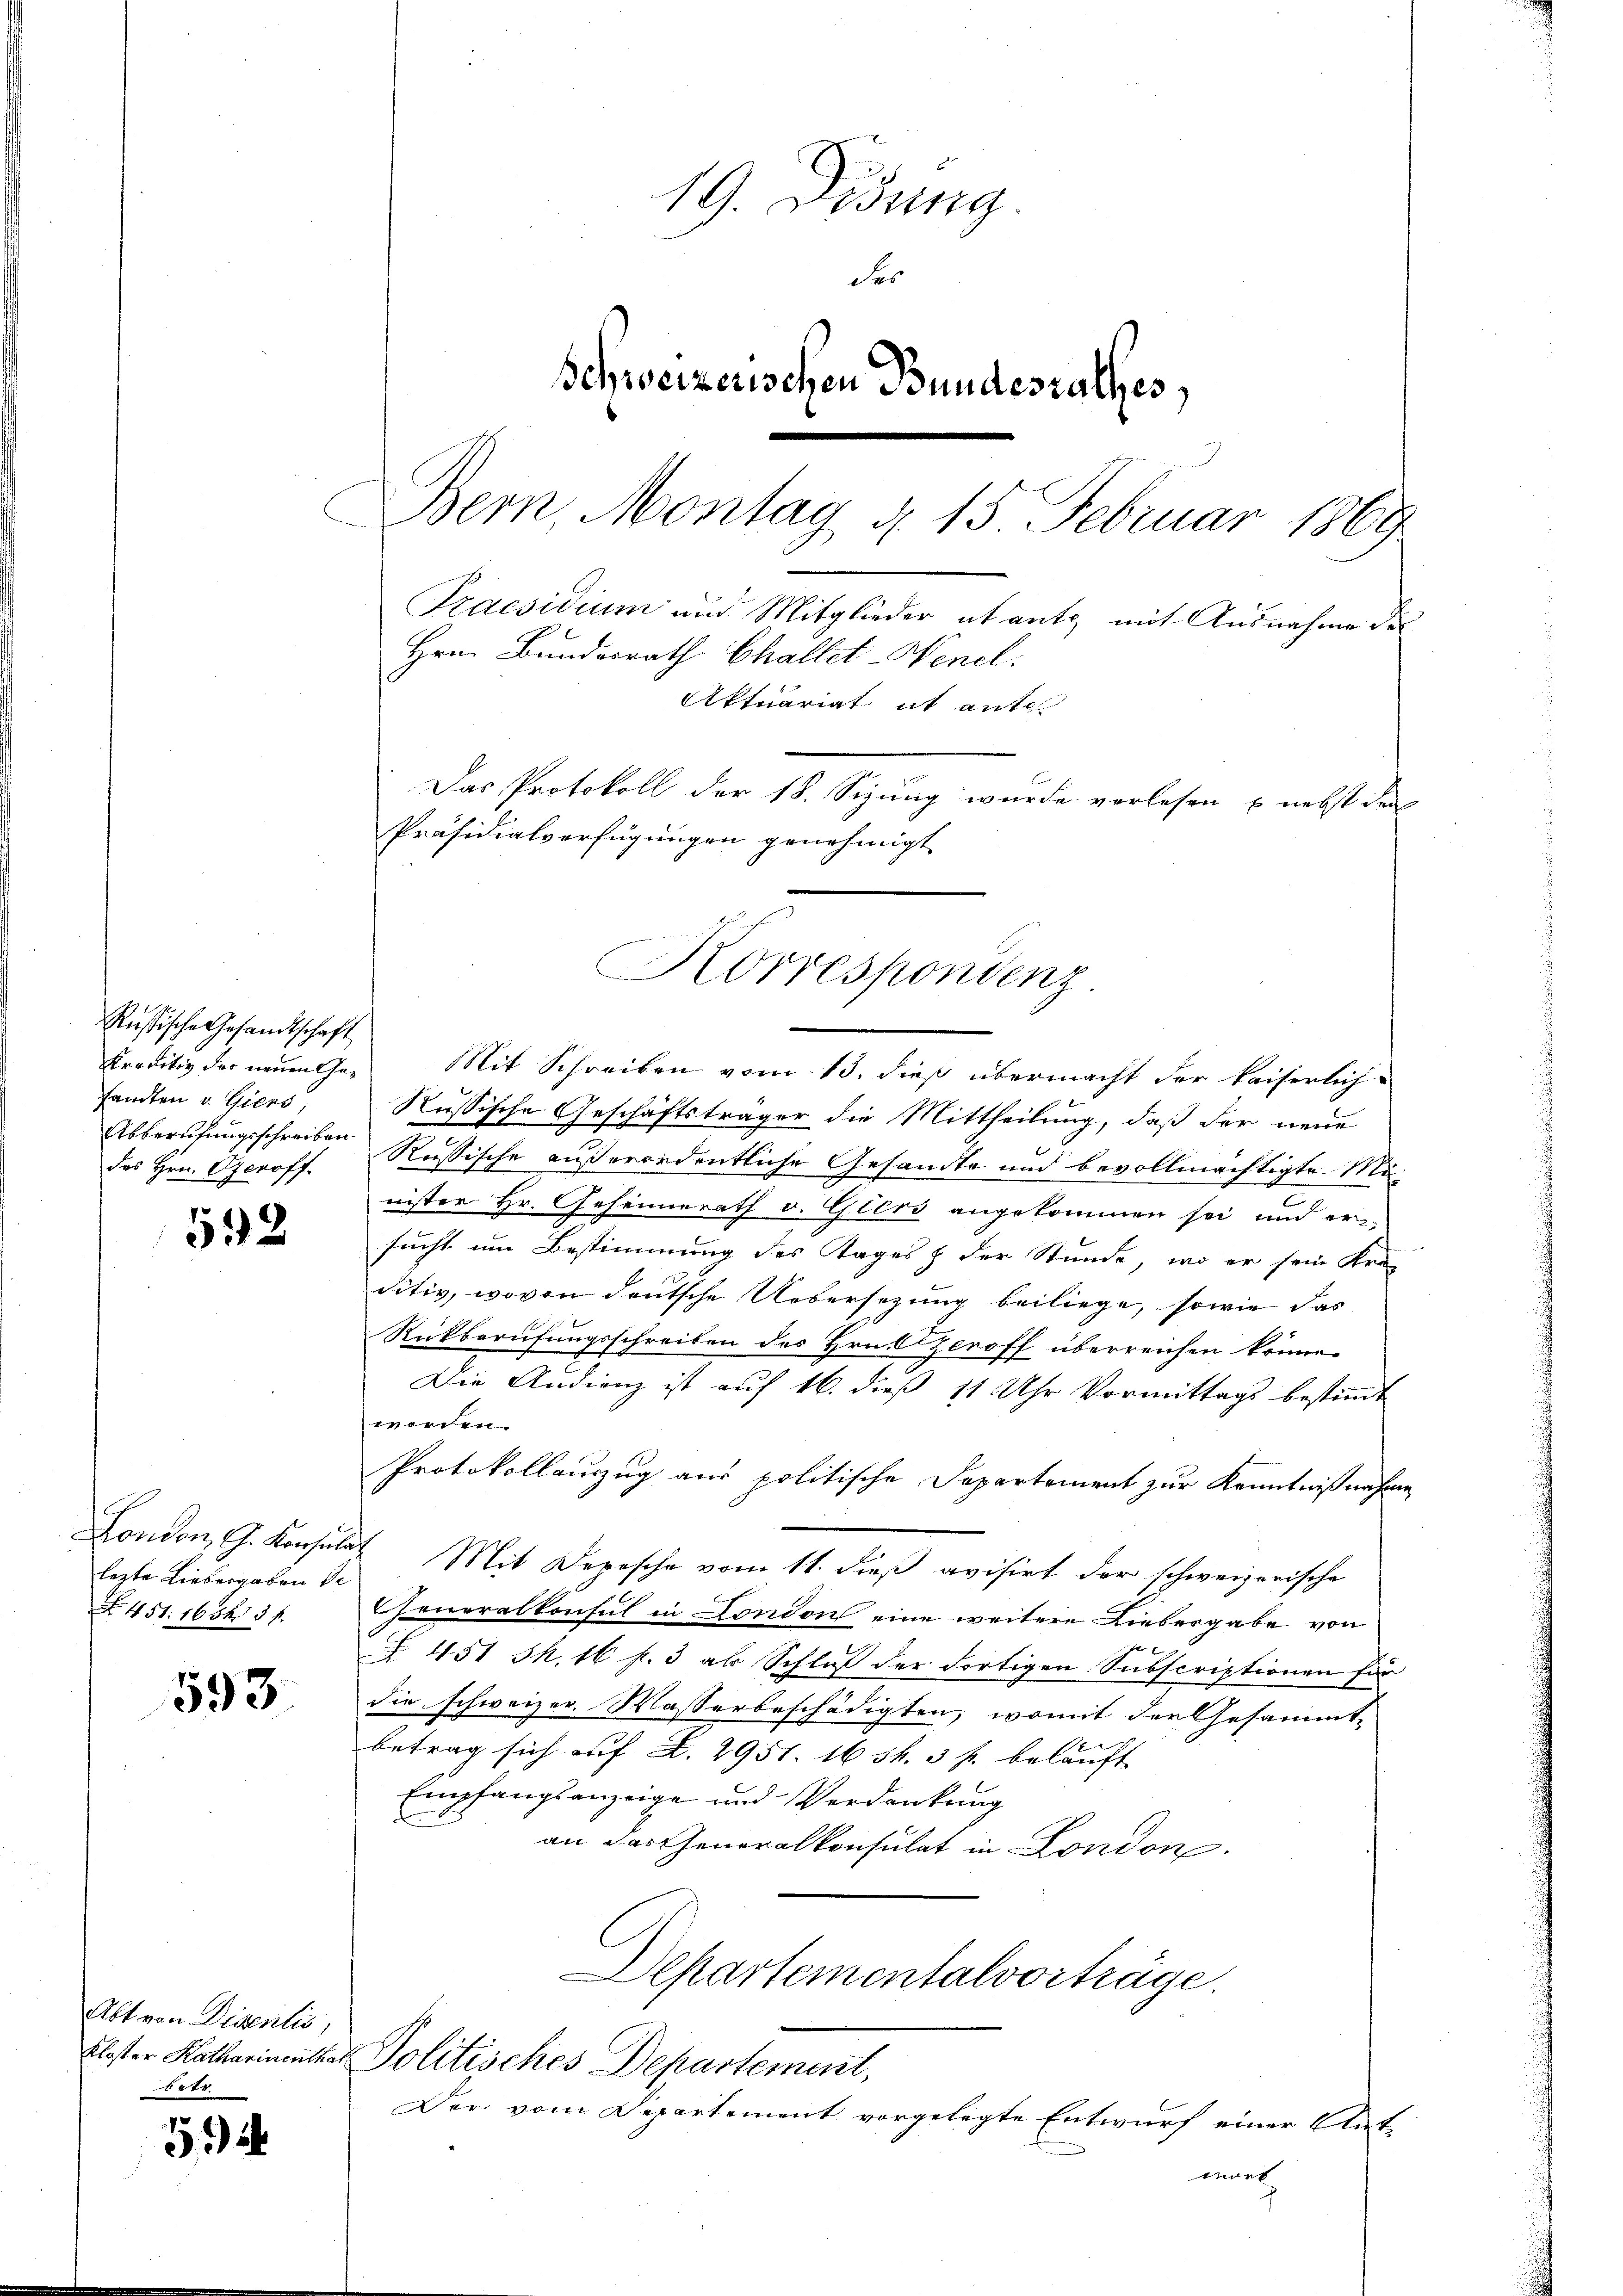
Russische Gesandtschaft
kreditiv des neuen Gesandten v. Giers,
des Hrn. Czeroff

592

lezte Liebergaben de
 451. 16543 f.

593

Abt von Disentis,
Kloster Katharinenthal
betr.

54

19. Didung.
des
Schreizerwetzen Bundesrathes,
Bern, Montag d. 15 Februar 1869
Praesidium und Mitglieder abante mit Ausnahme des
Hrn. Bundesrath Challet-Wencl.
Aktuariat it ante
Das Protokoll der 18. Sizung wurde vorlesen u. nebst der
Präsidialverfügungen genehmigt

Korrespondenz

Mit Schreiben vom 13. dieß übermacht der kaiserlich-
Russische Geschäftsträger die Mittheilung, daß der neue
Abberufungsschreiben Russische außerordentliche Gesandte und bevollmächtigte Minister Hr. Geheimerath v. Glers angekommen sei und er-
sucht um Bestimmung des Tages der Stunde, wo er sein Kra
ditiv, wovon deutsche Uebersezung beiliege, sowie das
Rückberufungsschreiben des Hrn. Czeroff überreichen könne.

Die Audienz ist auf 16. dieß 11 Uhr Vormittags bestimmt
worden.
Protokollauszug aus politische Departement zur Kenntniß nahme
London, G. Konsulat Mit Depesche vom 11. dieß avisirt der schweizerische
eneralkonsul in Condon eine weitere Liebesgabe von
 451 S. 16 f. 3 als Schluß der Fortigen Subscriptionen für
die schweizer. Wasserbeschädigten, womit der Gesammt-
betrag sich auf 2. 2951. 16 s. 3 f. belauft
Empfangsanzeige und Verdankung
an das Generalkonsulat in London.
Departementalvorträge.
Politisches Departement,
Der vom Departement vorgelegte Entwurf einer Ant-
mort